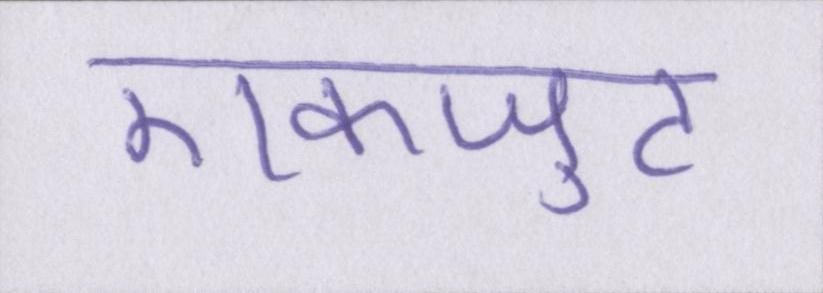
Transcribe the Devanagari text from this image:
एकजुट